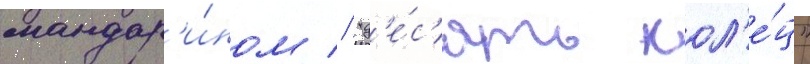
мандар'и́ном // "д'е́с'ять кол'е́ц"